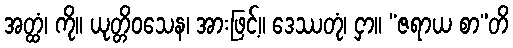
အတ္ထံ၊ ကို။ ယုတ္တိဝသေန၊ အားဖြင့်။ ဒေဿတုံ၊ ငှာ။ “ဇရာယ စာ”တိ